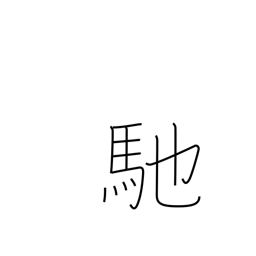
Meaning: sail